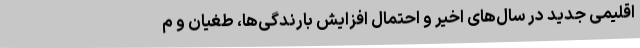
اقلیمی جدید در سال‌های اخیر و احتمال افزایش بارندگی‌ها، طغیان و م